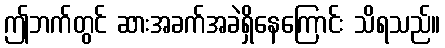
ဤဘက်တွင် ဆားအခက်အခဲရှိနေကြောင်း သိရသည်။